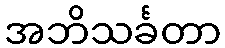
အဘိသင်္ခတာ